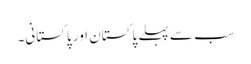
سب سے پہلے پاکستان اور پاکستانی۔